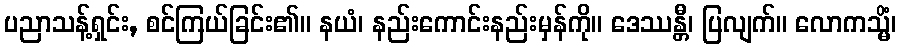
ပညာသန့်ရှင်း, စင်ကြယ်ခြင်း၏။ နယံ၊ နည်းကောင်းနည်းမှန်ကို။ ဒေဿန္တီ၊ ပြလျက်။ လောကသ္မိံ၊